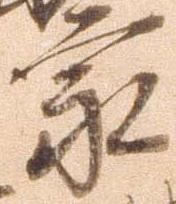
家